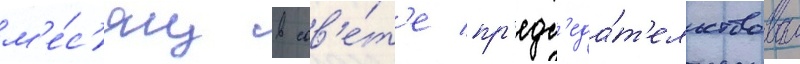
м'е́с'яц в сов'е́т'е пр'едс'еда́т'ельствовал